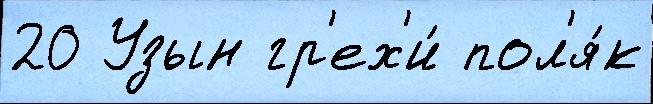
20 Узын гр'ех'и́ пол'я́к